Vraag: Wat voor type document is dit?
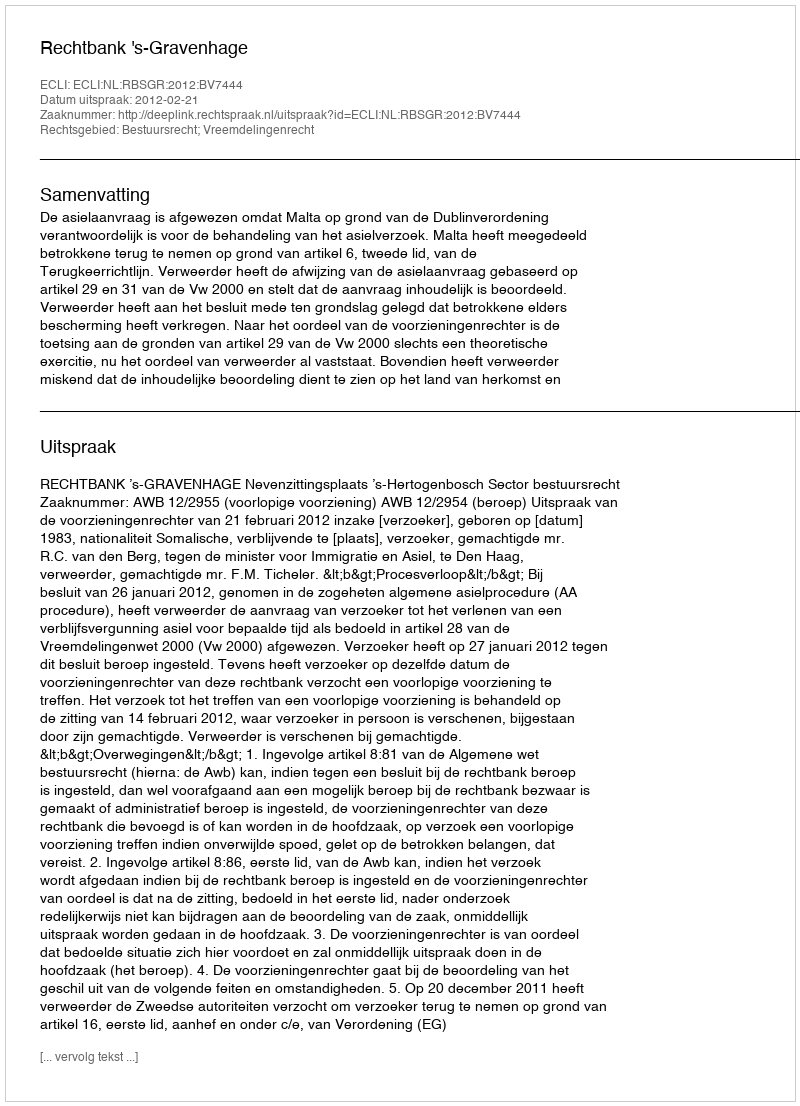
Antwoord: Uitspraak